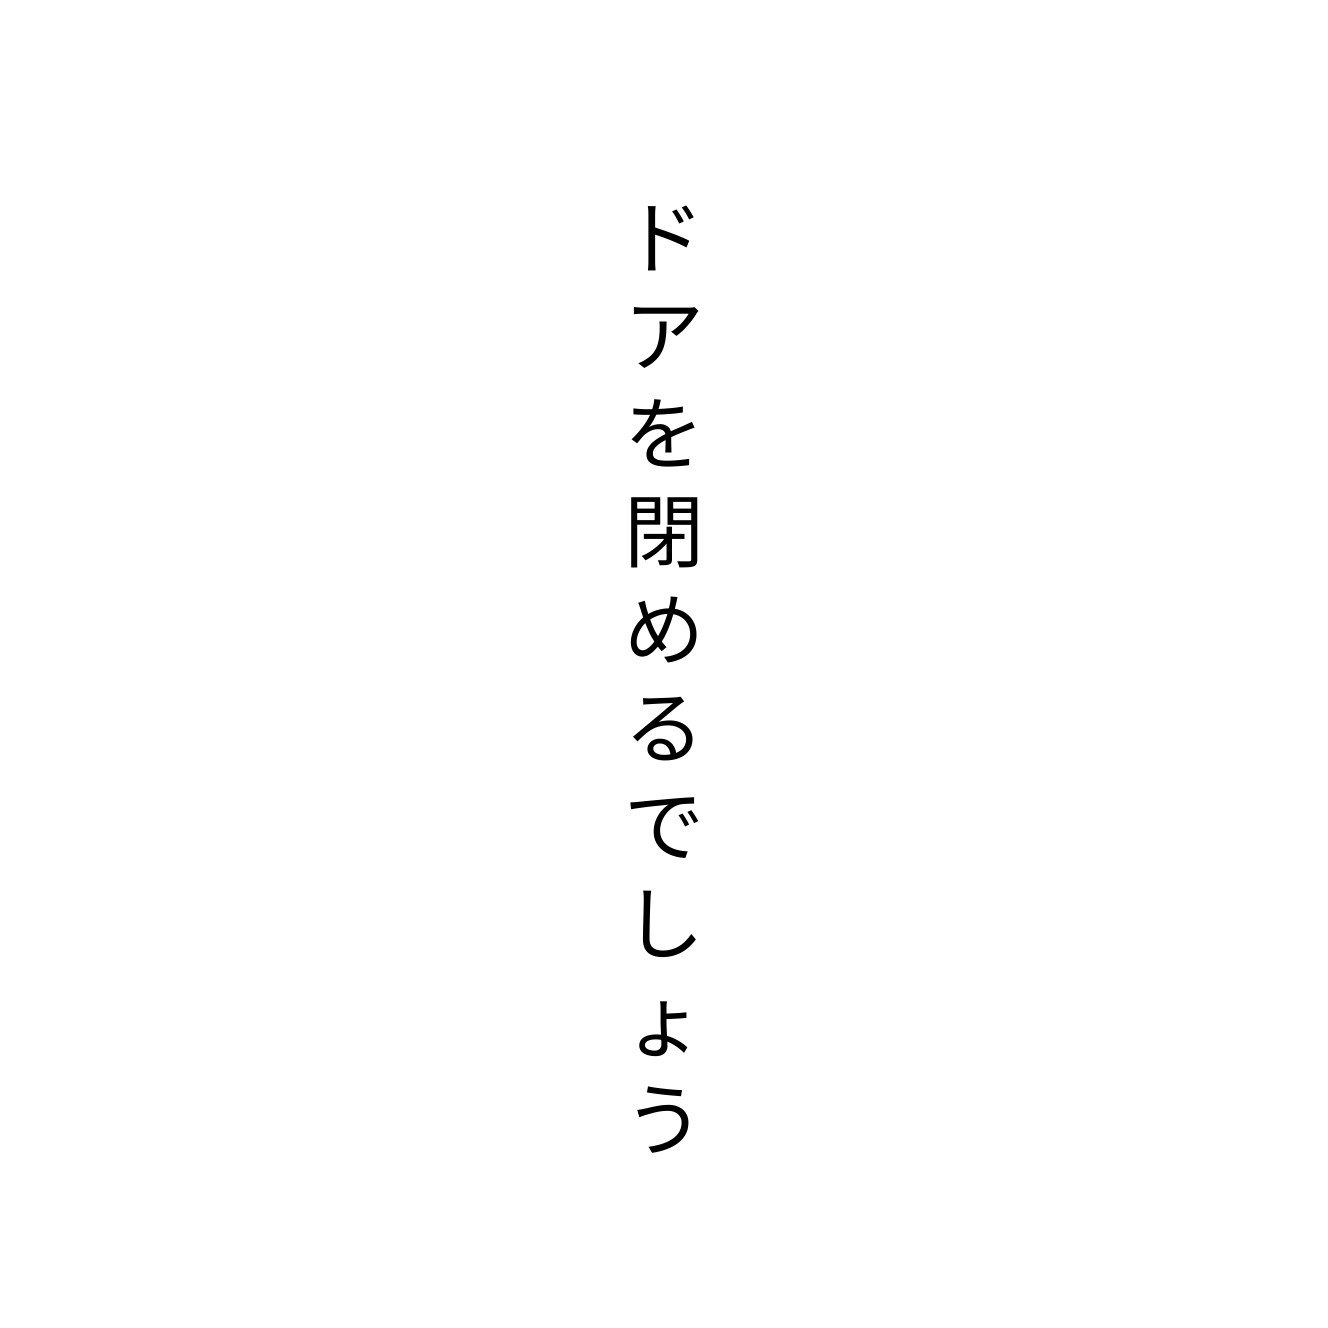
ドアを閉めるでしょう